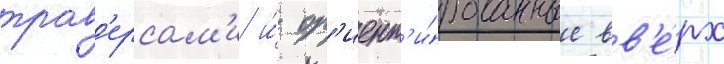
трав'ерсам'и и́ ор'иент'и́рованные вв'е́рх